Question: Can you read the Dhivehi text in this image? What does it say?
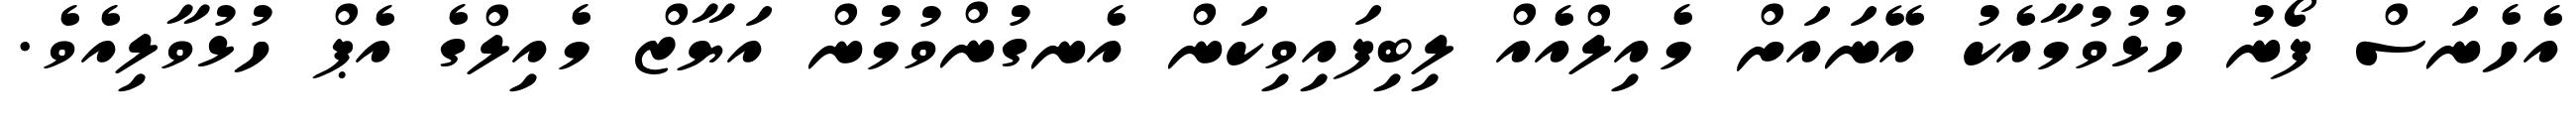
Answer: އެހެނަސް ފޯނު ހުޅުވުމާއެކު އޭނައަށް މެއިލްއެއް ލިބިފައިވިކަން އެނގުންވުމުން އަޔާޒް މެއިލްގެ އެޕް ހުޅުވާލިއެވެ.